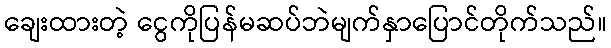
ချေးထားတဲ့ ငွေကိုပြန်မဆပ်ဘဲမျက်နှာပြောင်တိုက်သည်။